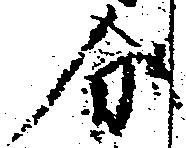
分